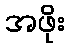
အဖိုး